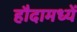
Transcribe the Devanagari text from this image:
हौदामध्यें